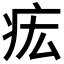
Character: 𤵄